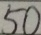
5 0